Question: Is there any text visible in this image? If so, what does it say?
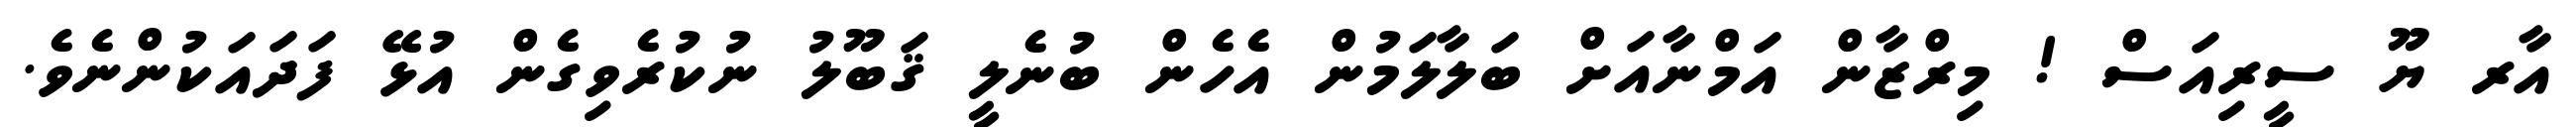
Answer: އާރ ޔޫ ސީރިއަސް ! މިރްޒާން އަމްނާއަށް ބަލާލަމުން އެހެން ބުނެލީ ޤަބޫލު ނުކުރެވިގެން އުޅޭ ފަދައަކުންނެވެ.